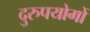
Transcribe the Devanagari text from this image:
दुरुपयोगों